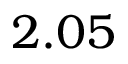
2 . 0 5